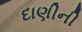
દાણીની